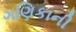
ગણિકાની